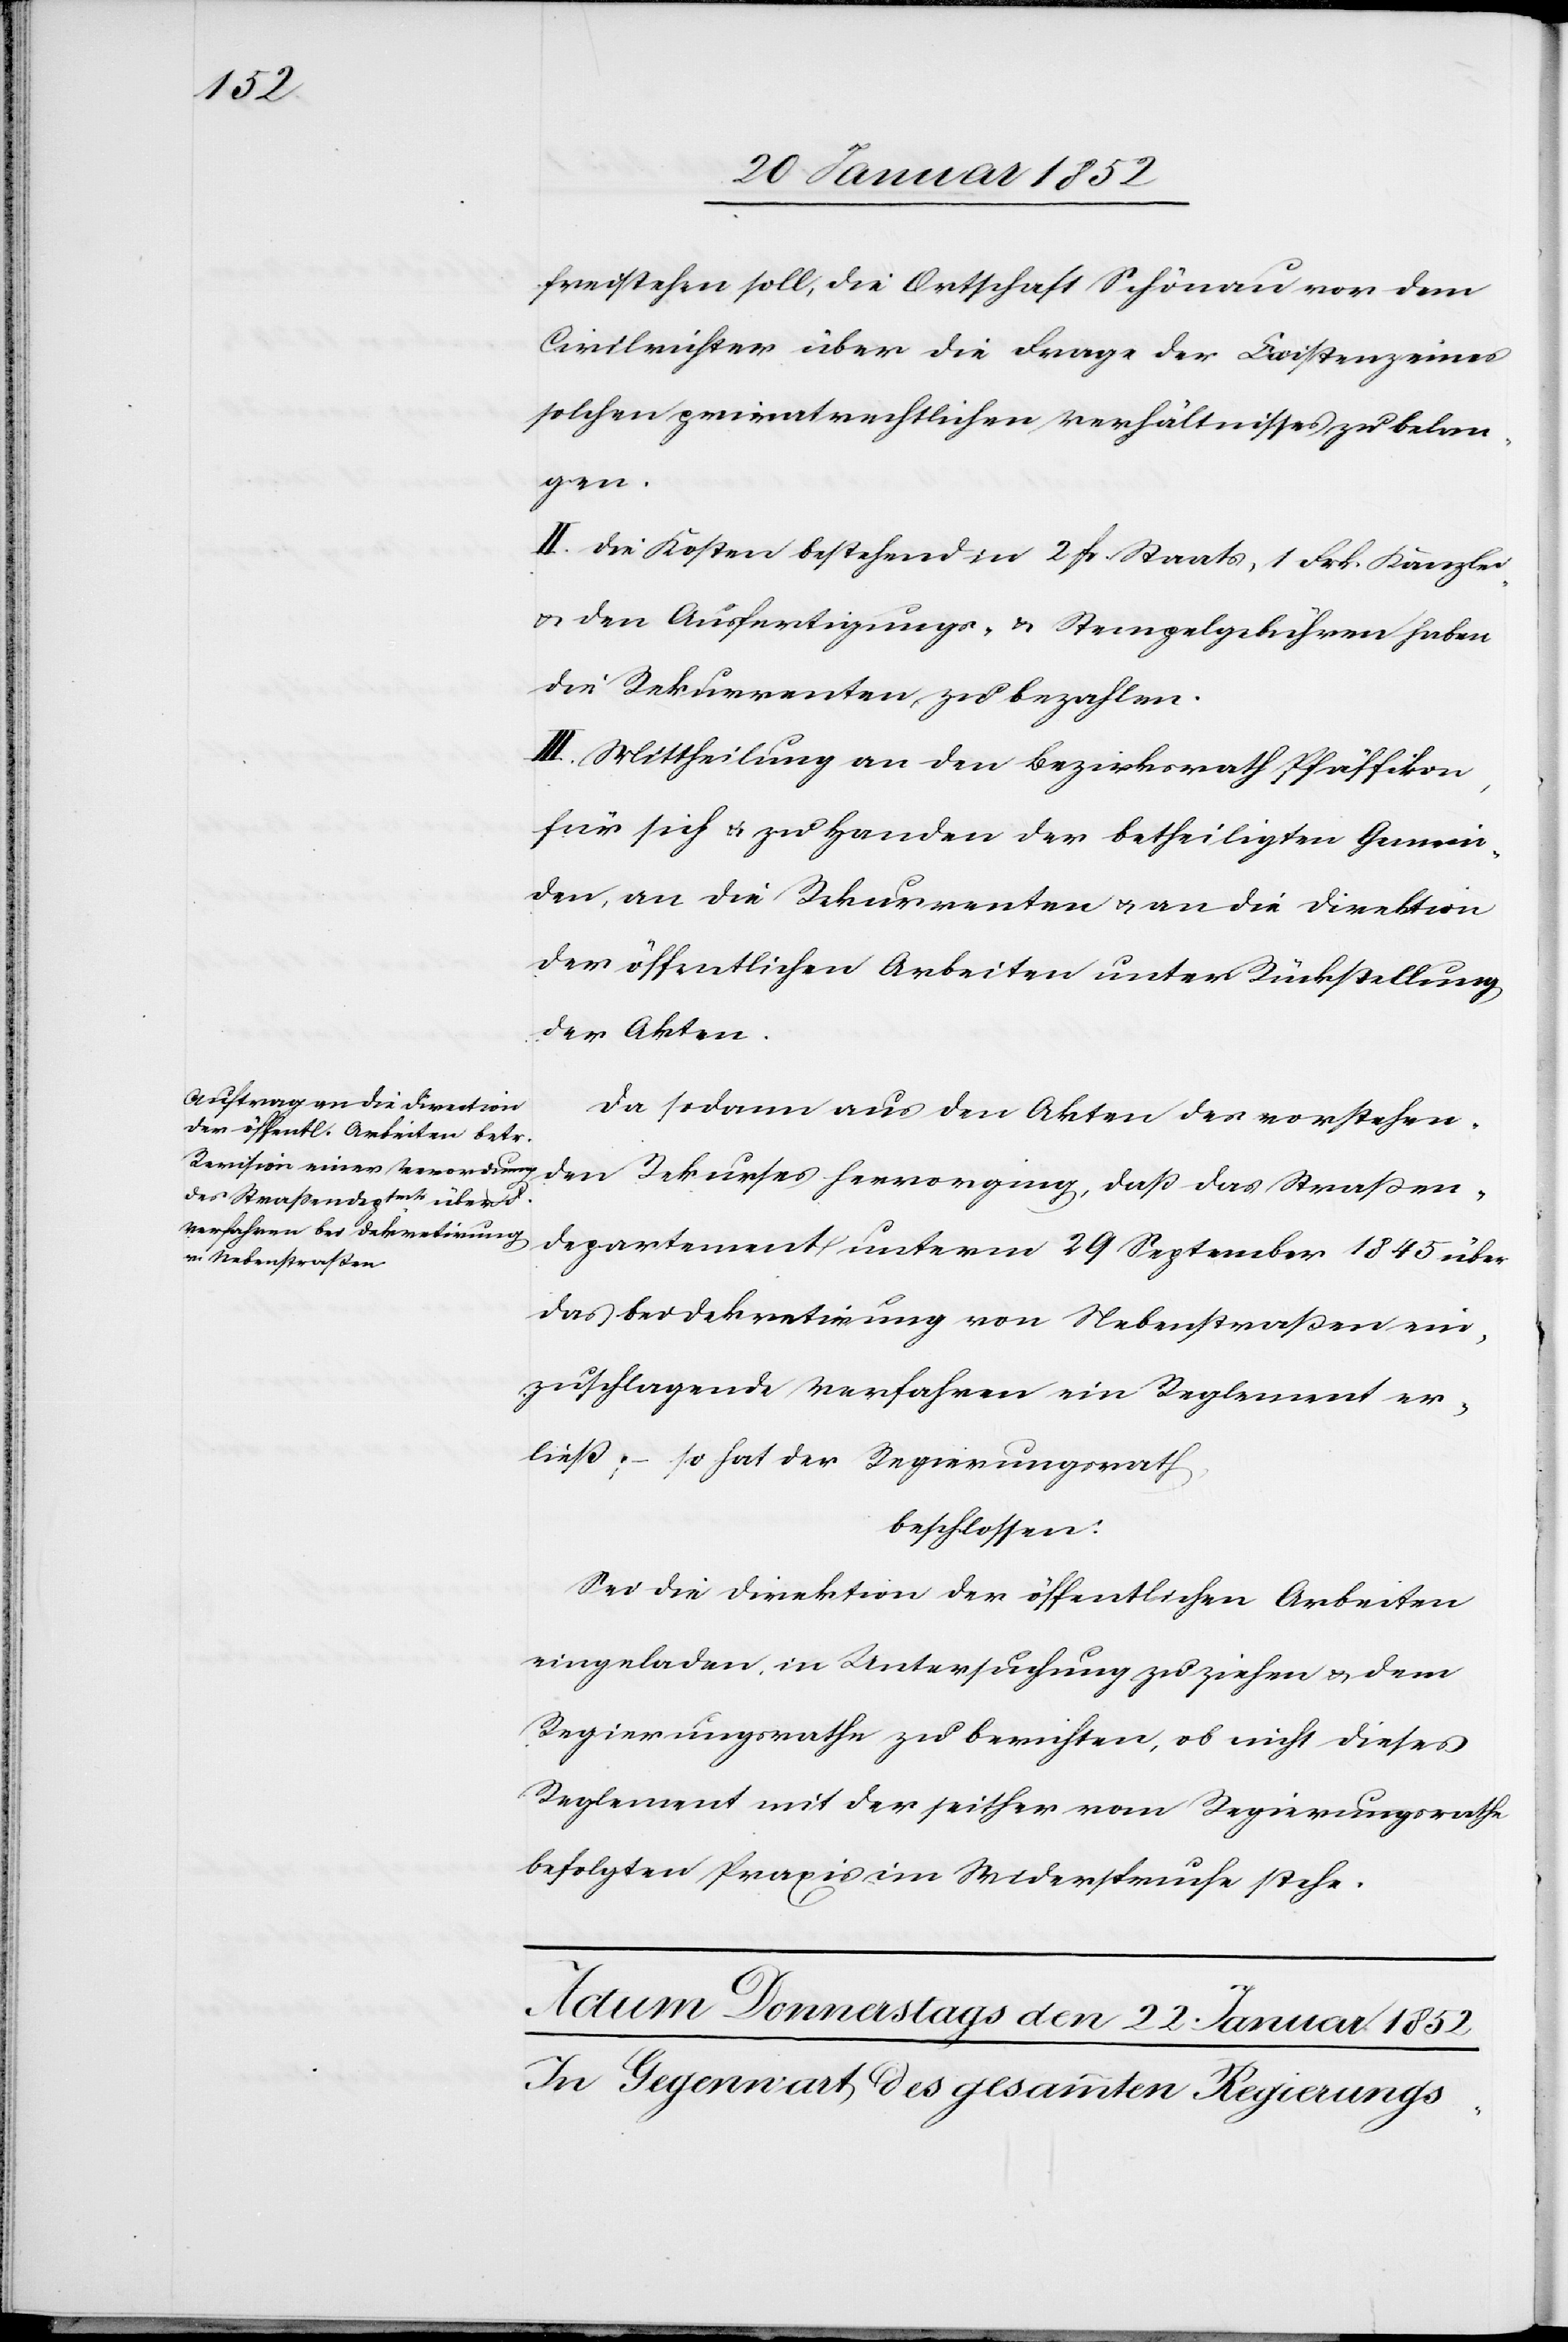
freistehen soll, die Ortschaft Schönau vor dem
Civilrichter über die Frage der Existenz eines
solchen privatrechtlichen Verhältnisses zu belan¬
gen.
II. Die Kosten bestehend in 2 fr. Staats, 1 Frk. Kanzlei
u. den Ausfertigungs- u. Stempelgebühren haben
die Rekurrenten zu bezahlen.
III. Mittheilung an den Bezirksrath Pfäffikon,
für sich u. zu Handen der betheiligten Gemein¬
den, an die Rekurrenten u. an die Direktion
der öffentlichen Arbeiten unter Rückstellung
der Akten.
Da sodann aus den Akten des vorstehen¬
den Rekurses hervorging, daß das Straßen¬
departement unterm 29 September 1845 über
das bei Dekretirung von Nebenstraßen ein¬
zuschlagende Verfahren ein Reglement er¬
ließ; – so hat der Regierungsrath,
beschlossen:
Sei die Direktion der öffentlichen Arbeiten
eingeladen, in Untersuchung zu ziehen u. dem
Regierungsrathe zu berichte, ob nicht dieses
Reglement mit der seither vom Regierungsrathe
befolgten Praxis im Widerspruche stehe.